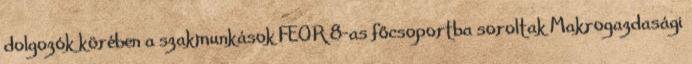
dolgozók körében a szakmunkások FEOR 8-as főcsoportba soroltak Makrogazdasági